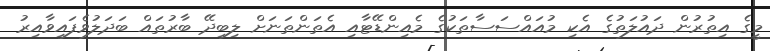
މީގެ އިތުރުން ދައުލަތުގެ އެކި މުއައްސަސާތަކުގެ މެއިންޑޭޓާއި އެތަންތަނަށް ލިބިދޭ ބާރުތައް ބަދަލުވެފައިވާއިރު